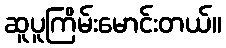
ဆူပူကြိမ်းမောင်းတယ်။